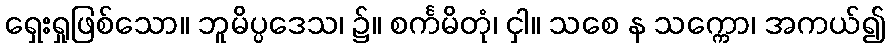
ရှေးရှုဖြစ်သော။ ဘူမိပ္ပဒေသ၊ ၌။ စင်္ကမိတုံ၊ ငှါ။ သစေ န သက္ကော၊ အကယ်၍